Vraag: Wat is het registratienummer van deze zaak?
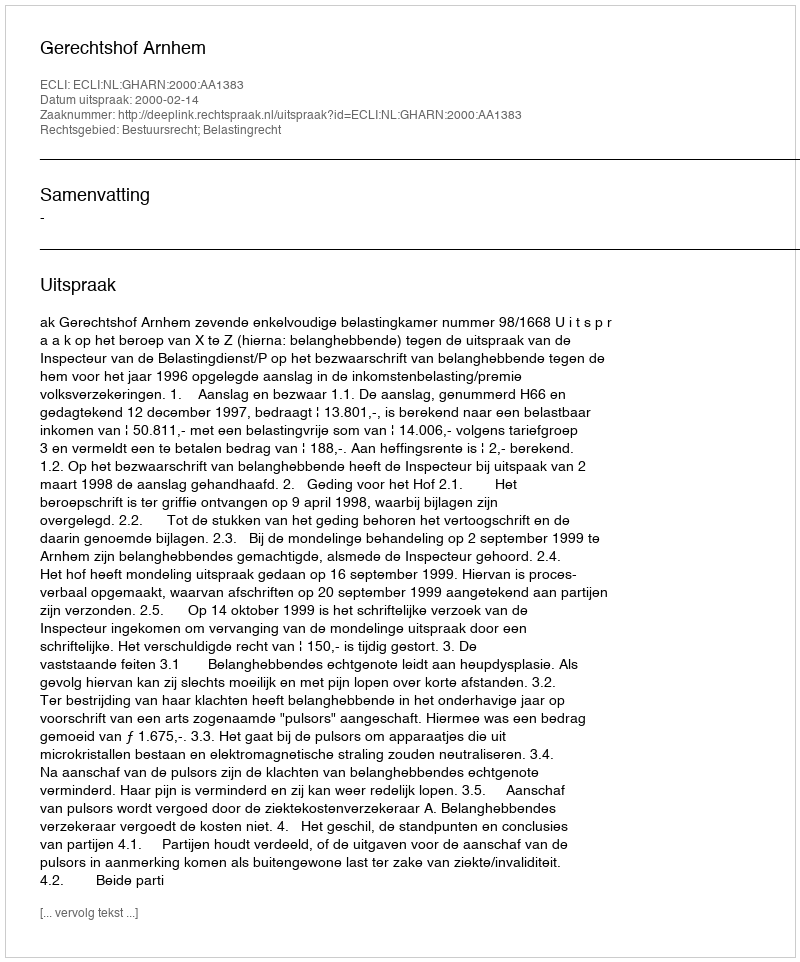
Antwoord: http://deeplink.rechtspraak.nl/uitspraak?id=ECLI:NL:GHARN:2000:AA1383